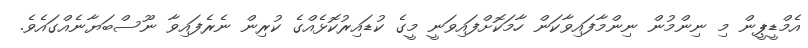
އެމްޑީޕީން މި ނިންމުން ނިންމާފައިވާކަން ހާމަކޮށްފައިވަނީ މީގެ ކުޑައިރުކޮޅެއްގެ ކުރިން ނެރެފައިވާ ނޫސްބަޔާނެއްގައެވެ.